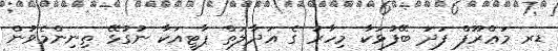
ޑރ މަޢްރޫފް ފަދަ ބޭފުޅަކާ މިހާރު ގެ ޢަދާލަތް ޕާޓީއަކާ ނުގުޅޭ ތިނިންމެވުން